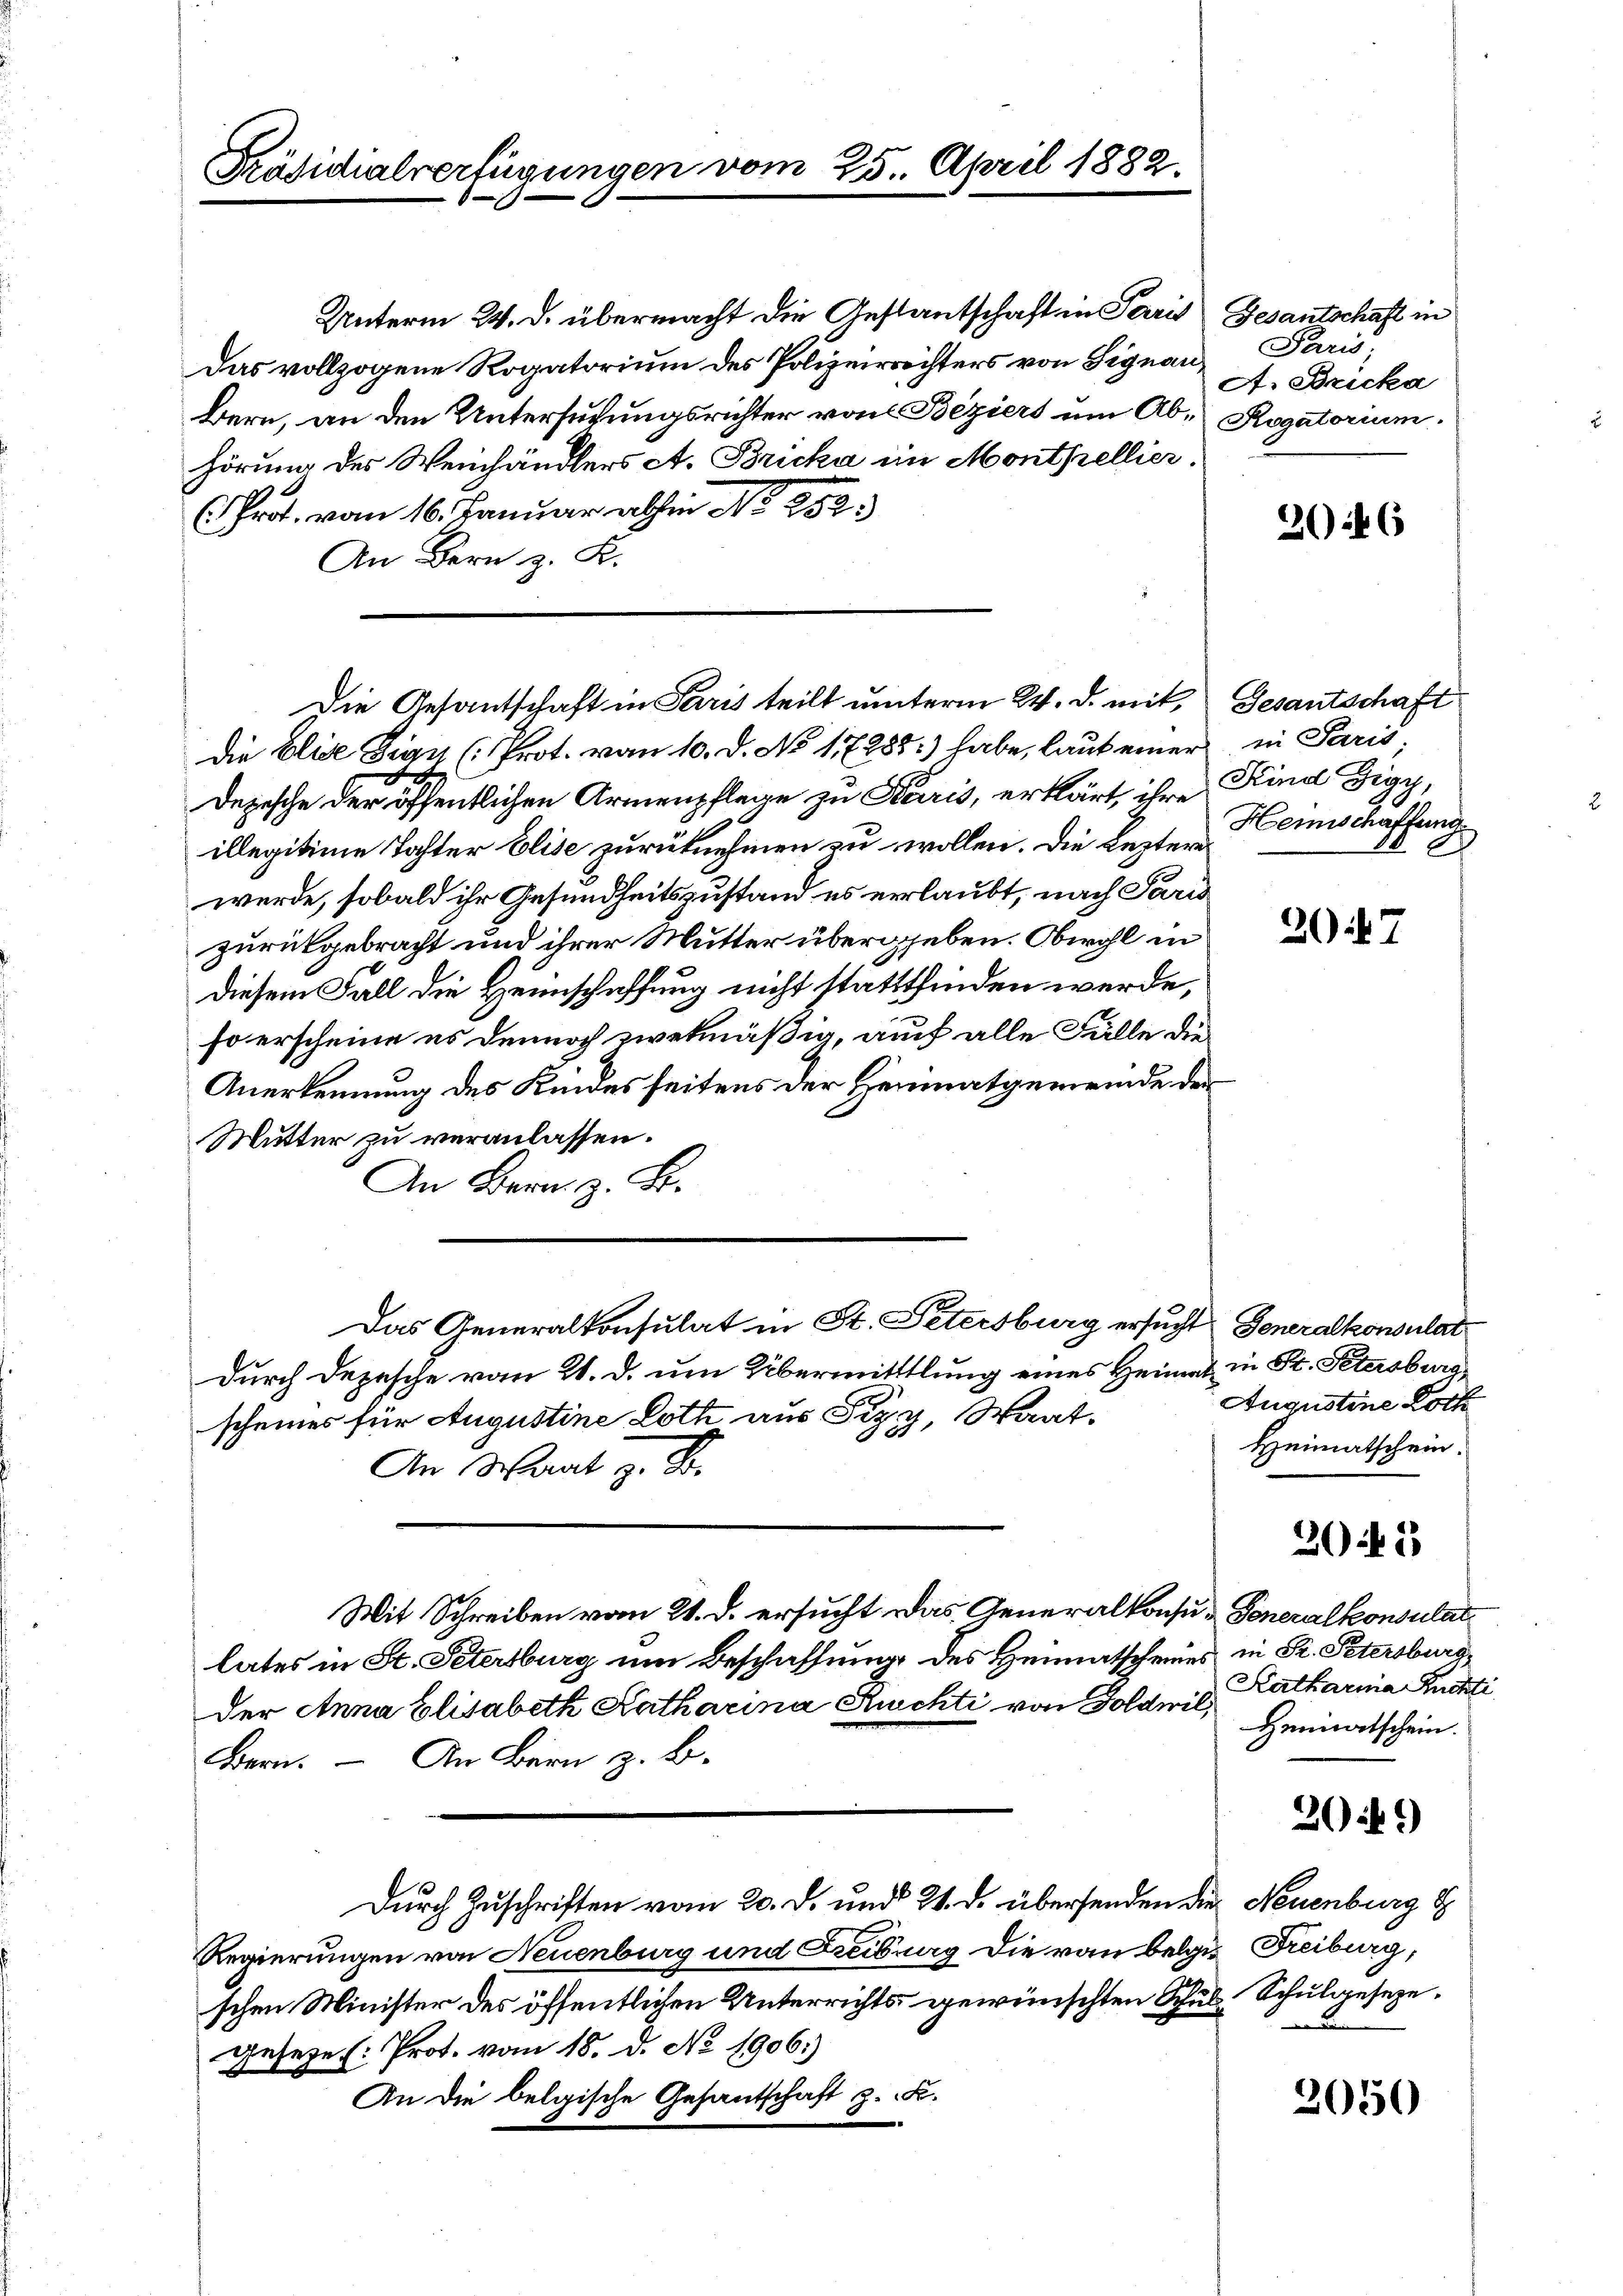
Unterm 24. d. übermacht die Gestantschaft in Paris Gesantschaft in
Das vollzogene Rogatorium des Polizeirrechters von Signau
Bern, an den Untersuchungsrichter von Beziers um Ab- Rogatorium
hörung des Weinhändlers A. Bricka im Monthellier.
Prot. vom 16. Januar abhin No 252.
An Bern z. K.

Präsidialverfügungen ve

Die Gesantschaft in Paris teilt unterm 24. d. mit, Gesantschaft

die Elise Sign (Prot. vom 10. d. No 117283) habe, laut einer in Paris;
Depesche der öffentlichen Armenpflege zu Paris, erklärt, ihre Kind Zigy,
illegitime Tochter Elise zurücknehmen zu wollen. Die Leztere
werde, sobald ihr Gesundheitszustand es erlaubt, nach Paris
zurückgebracht und ihrer Mutter übergeben. Obwohl in
diesem Fall die Heimschaffung nicht stattfinden werde,
so erscheine es dennoch zwekmäßig, auch alle Fälle die
Anerkennung des Kindes seitens der Heimatgemeinde der
Mutter zu veranlassen.
An Bern z. B.
durch Depesche vom 21. d. um Übermittlung eines Heimat in St. Petersburg,
scheines für Augustine Loth aus Pizy, Staat
An Wart z. B.
Mit Schreiben vom 21. d. ersucht. Das Generalkonsu- Generalkonsulat
lates in St. Petersburg um Beschaffung des Heimatscheines in K. Petersburg
der Anna Elisabeth Katharina Ruchti von Goldwil,
Bern. – An Bern z. B.
Durch Zuschriften vom 20. d. und 21. d. übersenden die Neuenburg d
Regierungen von Neuenburg und Freibung die von belgis Freiburg,
schen Minister des öffentlichen Unterrichts gewünschten Schul¬
Geseze (: Prot. vom 18. d. No 1906.)
An die belgische Gesantschaft z. K.

m 25. April 1882.

Das Generalkonsulat in St. Petersburg ersucht Generalkonsulate

Paris
A. Bricka

2046

Hennischaffung

307

Augustine Lotte
Heimatschein.

3045

Katharina Ruchti
Heimatschein.
30 f.)
Schulgeseze.

2050